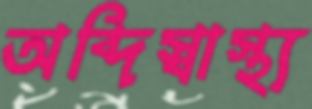
অব্দিস্বাস্থ্য